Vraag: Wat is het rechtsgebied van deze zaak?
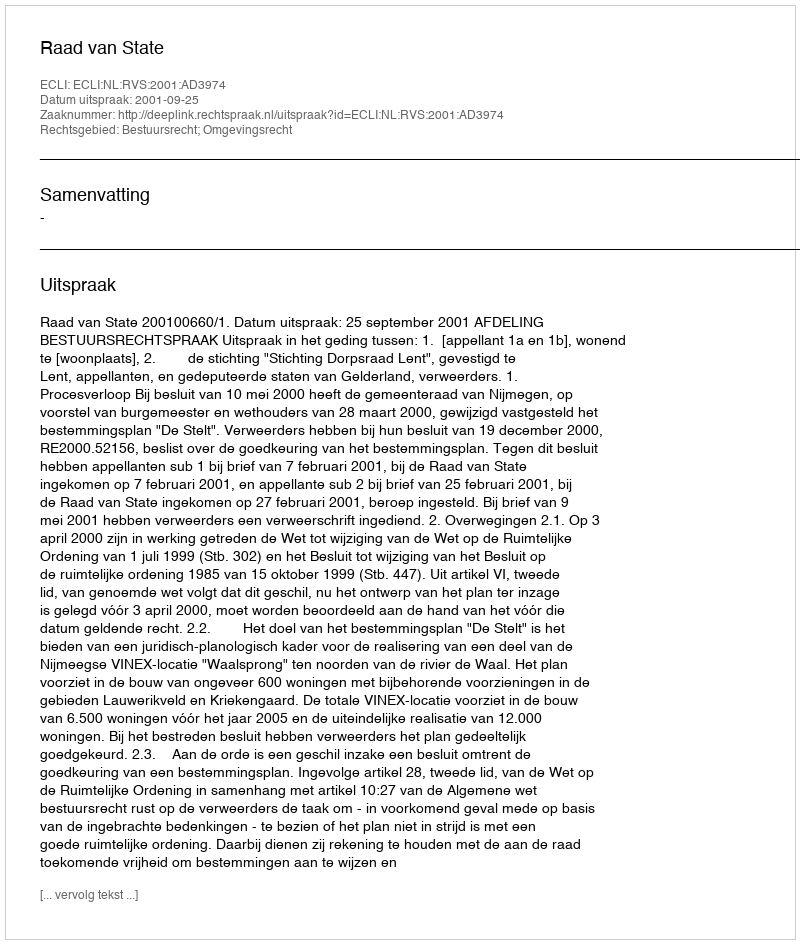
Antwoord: Bestuursrecht; Omgevingsrecht